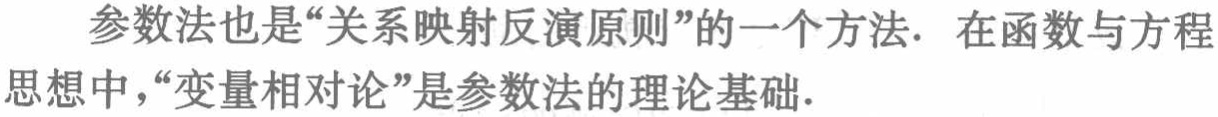
参数法也是“关系映射反演原则”的一个方法. 在函数与方程思想中，“变量相对论”是参数法的理论基础.